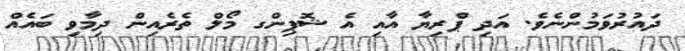
ދައުރުވަމުންނެވެ. އަދި ޕްރިޔާ އާއި އެ ޝޮޕިންގ މޯލް ތެރެއިން ދިމާވި ބައެއް